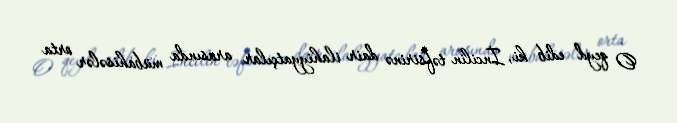
O qeyd edib ki, İncilin təfsirinə dair ilahiyyatçılar arasında mübahisələr orta